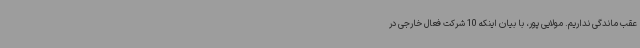
عقب ماندگی نداریم. مولایی پور، با بیان اینکه 10 شرکت فعال خارجی در